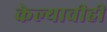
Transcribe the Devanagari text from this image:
केल्याचीही